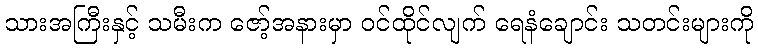
သားအကြီးနှင့် သမီးက ဇော့်အနားမှာ ဝင်ထိုင်လျက် ရေနံချောင်း သတင်းများကို